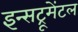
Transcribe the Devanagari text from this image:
इन्सट्रूमेंटल